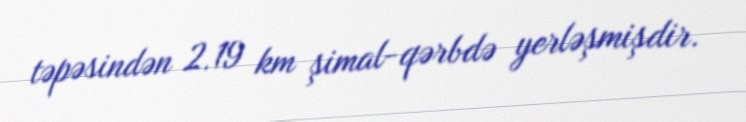
təpəsindən 2.19 km şimal-qərbdə yerləşmişdir.